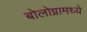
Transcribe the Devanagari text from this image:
बोलोग्नामध्ये